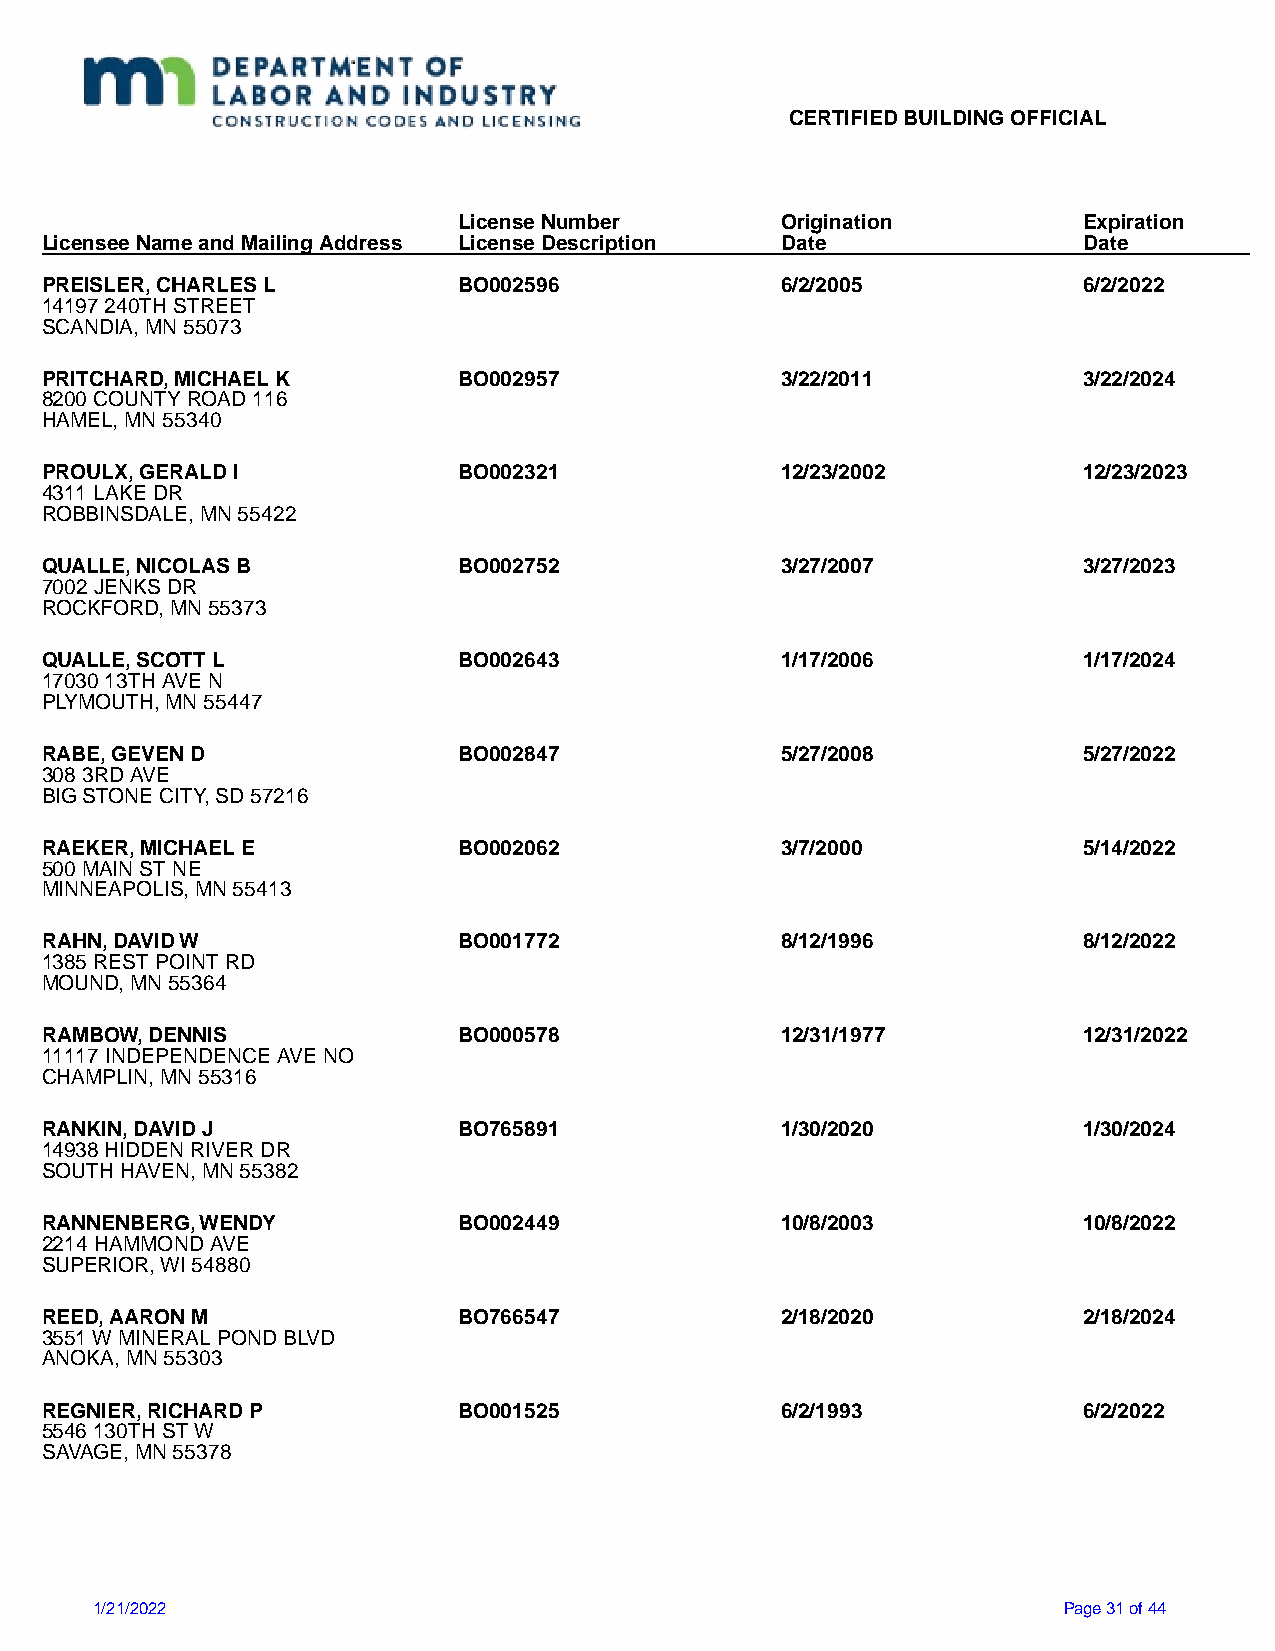
CERTIFIED BUILDING OFFICIAL
 License Number        Origination         Expiration
 Licensee Name and Mailing Address License Description Date           Date
 PREISLER, CHARLES L        BO002596              6/2/2005            6/2/2022
 14197 240TH STREET
 SCANDIA, MN 55073
 PRITCHARD, MICHAEL K       BO002957              3/22/2011           3/22/2024
 8200 COUNTY ROAD 116
 HAMEL, MN 55340
 PROULX, GERALD I           BO002321              12/23/2002          12/23/2023
 4311 LAKE DR
 ROBBINSDALE, MN 55422
 QUALLE, NICOLAS B          BO002752              3/27/2007           3/27/2023
 7002 JENKS DR
 ROCKFORD, MN 55373
 QUALLE, SCOTT L            BO002643              1/17/2006           1/17/2024
 17030 13TH AVE N
 PLYMOUTH, MN 55447
 RABE, GEVEN D              BO002847              5/27/2008           5/27/2022
 308 3RD AVE
 BIG STONE CITY, SD 57216
 RAEKER, MICHAEL E          BO002062              3/7/2000            5/14/2022
 500 MAIN ST NE
 MINNEAPOLIS, MN 55413
 RAHN, DAVID W              BO001772              8/12/1996           8/12/2022
 1385 REST POINT RD
 MOUND, MN 55364
 RAMBOW, DENNIS             BO000578              12/31/1977          12/31/2022
 11117 INDEPENDENCE AVE NO
 CHAMPLIN, MN 55316
 RANKIN, DAVID J            BO765891              1/30/2020           1/30/2024
 14938 HIDDEN RIVER DR
 SOUTH HAVEN, MN 55382
 RANNENBERG, WENDY          BO002449              10/8/2003           10/8/2022
 2214 HAMMOND AVE
 SUPERIOR, WI 54880
 REED, AARON M              BO766547              2/18/2020           2/18/2024
 3551 W MINERAL POND BLVD
 ANOKA, MN 55303
 REGNIER, RICHARD P         BO001525              6/2/1993            6/2/2022
 5546 130TH ST W
 SAVAGE, MN 55378
 1/21/2022                                                       Page 31 of 44